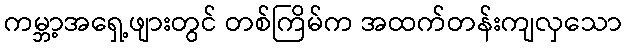
ကမ္ဘာ့အရှေ့ဖျားတွင် တစ်ကြိမ်က အထက်တန်းကျလှသော